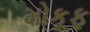
મોકૂફ